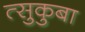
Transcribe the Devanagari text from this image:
त्सुकुबा